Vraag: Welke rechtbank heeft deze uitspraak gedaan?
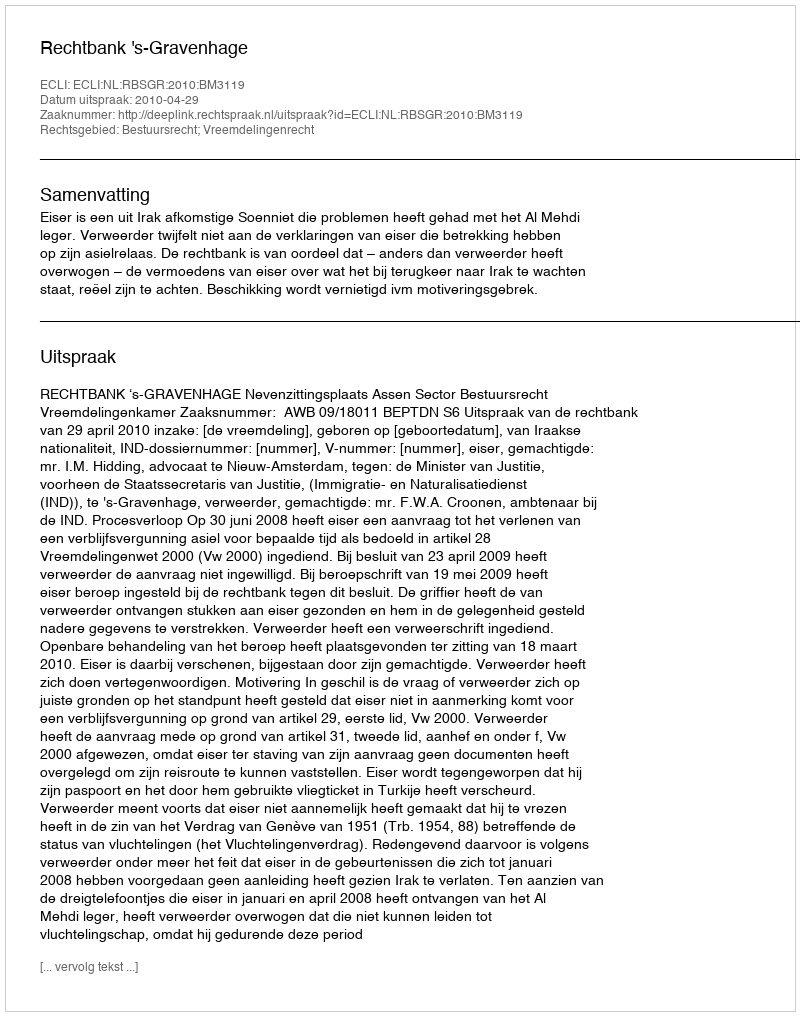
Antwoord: Rechtbank 's-Gravenhage